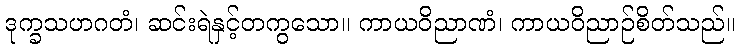
ဒုက္ခသဟဂတံ၊ ဆင်းရဲနှင့်တကွသော။ ကာယဝိညာဏံ၊ ကာယဝိညာဉ်စိတ်သည်။